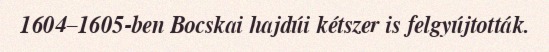
1604–1605-ben Bocskai hajdúi kétszer is felgyújtották.